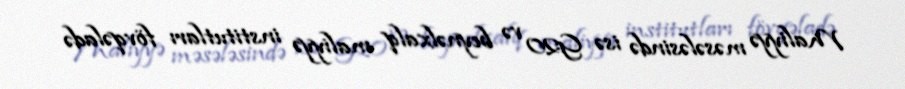
Maliyyə məsələsində isə G20 və beynəlxalq maliyyə institutları fövqəladə